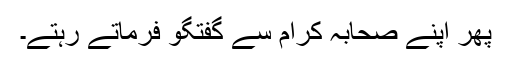
پھر اپنے صحابہ کرام سے گفتگو فرماتے رہتے۔